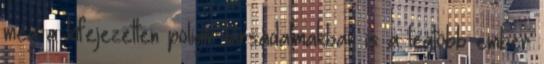
még a kifejezetten poligín társadalmakban is a legtöbb ember